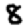
Digit: 8